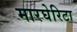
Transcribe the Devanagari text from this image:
मारघेरिटा